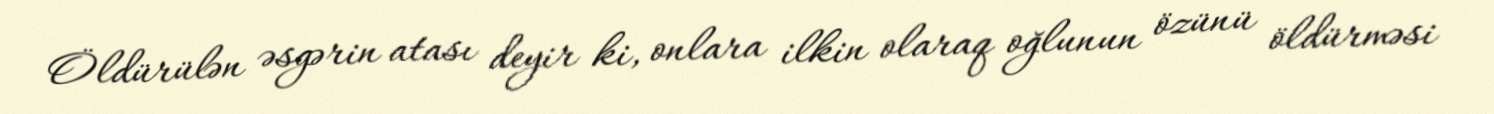
Öldürülən əsgərin atası deyir ki, onlara ilkin olaraq oğlunun özünü öldürməsi